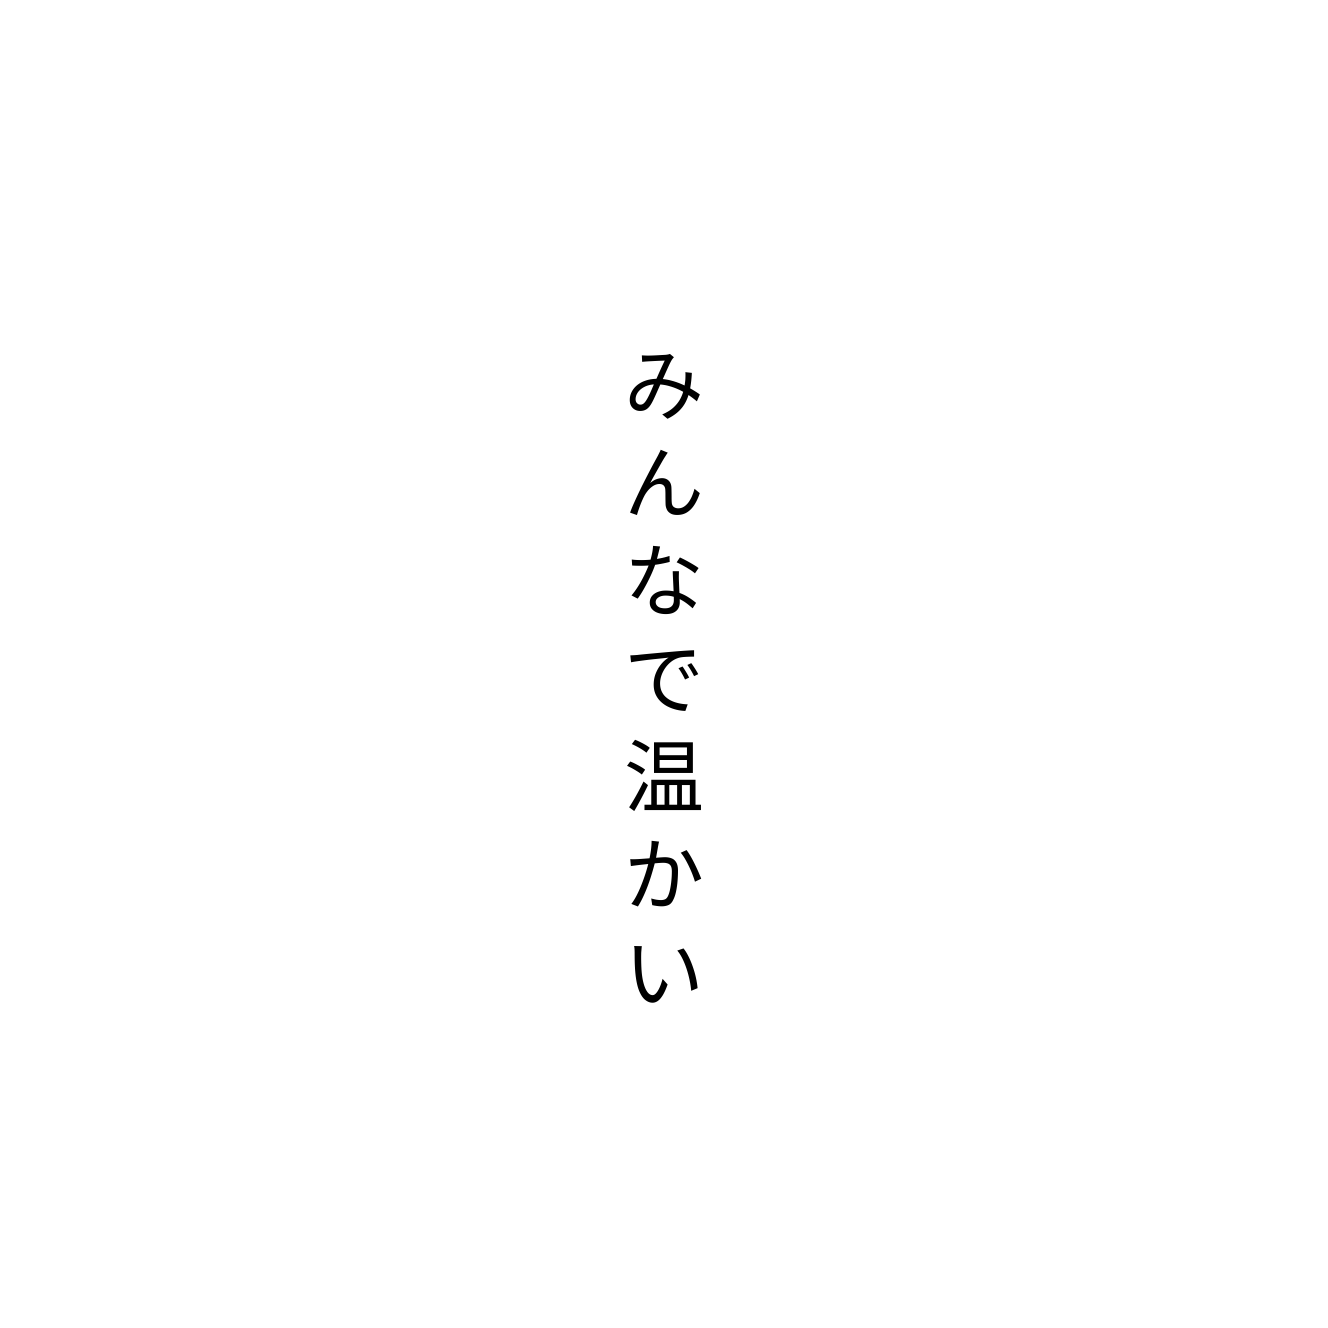
みんなで温かい